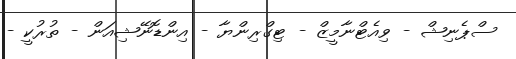
ސްޕެނިޝް - ވިއެޓްނާމީޒް - ޓިގްރިންޔާ - އިންޑޮނޭޝިއަން - ތުރުކީ -